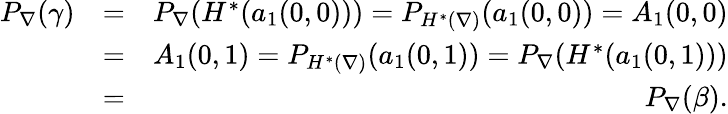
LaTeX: \begin{array}{rlr}{P_{\nabla}(\gamma)}&{=}&{P_{\nabla}(H^{*}(a_{1}(0,0)))=P_{H^{*}(\nabla)}(a_{1}(0,0))=A_{1}(0,0)}\\ &{=}&{A_{1}(0,1)=P_{H^{*}(\nabla)}(a_{1}(0,1))=P_{\nabla}(H^{*}(a_{1}(0,1)))}\\ &{=}&{P_{\nabla}(\beta).}\end{array}